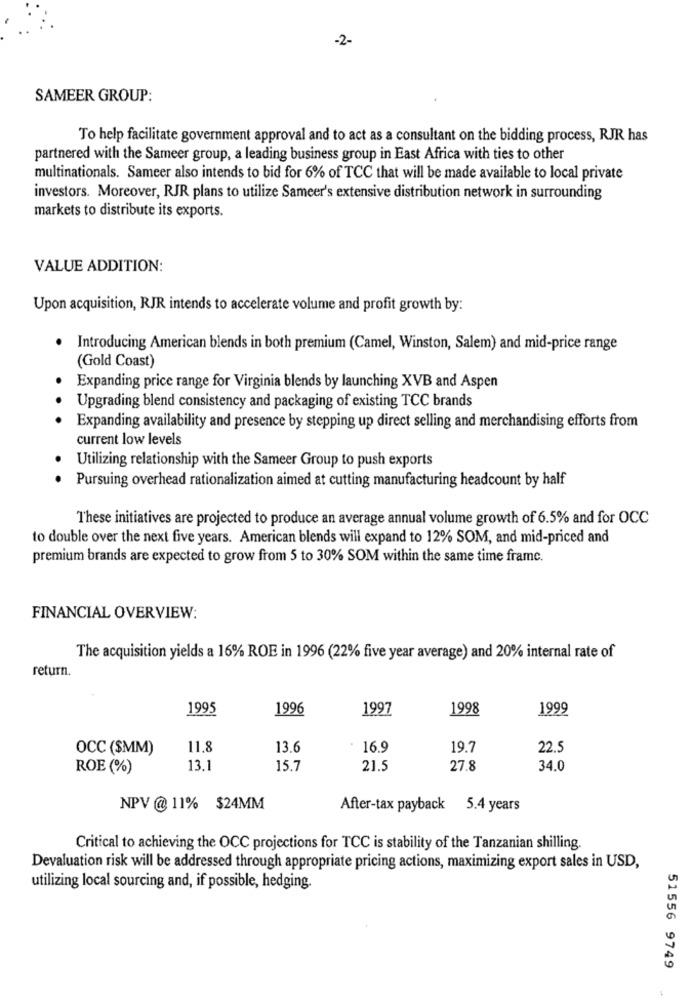
-2-
SAMEER GROUP:
To help facilitate government approval and to act as a consultant on the bidding process, RJR has
partnered with the Sameer group, a leading business group in East Africa with ties to other
multinationals. Sameer also intends to bid for 6% of TCC that will be made available to local private
investors. Moreover, RJR plans to utilize Sameer's extensive distribution network in surrounding
markets to distribute its exports.
VALUE ADDITION:
Upon acquisition, RJR intends to accelerate volume and profit growth by:
.
Introducing American blends in both premium (Camel, Winston, Salem) and mid-price range
(Gold Coast)
Expanding price range for Virginia blends by launching XVB and Aspen
Upgrading blend consistency and packaging of existing TCC brands
Expanding availability and presence by stepping up direct selling and merchandising efforts from
current low levels
Utilizing relationship with the Sameer Group to push exports
Pursuing overhead rationalization aimed at cutting manufacturing headcount by half
These initiatives are projected to produce an average annual volume growth of 6.5% and for OCC
to double over the next five years. American blends will expand to 12% SOM, and mid-priced and
premium brands are expected to grow from 5 to 30% SOM within the same time frame.
FINANCIAL OVERVIEW:
The acquisition yields a 16% ROE in 1996 (22% five year average) and 20% internal rate of
return.
1995
1996
1997
1998
1999
OCC ($MM)
11.8
13.6
16.9
19.7
22.5
ROE (%)
13.1
15.7
21.5
27.8
34.0
NPV @ 11% $24MM
After-tax payback 5.4 years
Critical to achieving the OCC projections for TCC is stability of the Tanzanian shilling.
Devaluation risk will be addressed through appropriate pricing actions, maximizing export sales in USD,
utilizing local sourcing and, if possible, hedging.
51556 9749